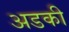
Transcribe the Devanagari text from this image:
अडकी